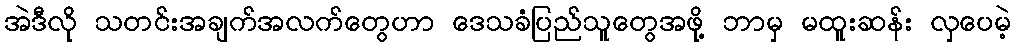
အဲဒီလို သတင်းအချက်အလက်တွေဟာ ဒေသခံပြည်သူတွေအဖို့ ဘာမှ မထူးဆန်း လှပေမဲ့